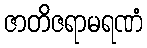
ဇာတိဇရာမရဏံ